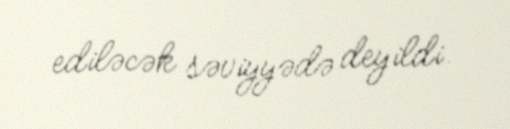
ediləcək səviyyədə deyildi.